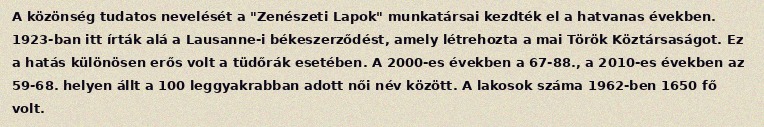
A közönség tudatos nevelését a "Zenészeti Lapok" munkatársai kezdték el a hatvanas években. 1923-ban itt írták alá a Lausanne-i békeszerződést, amely létrehozta a mai Török Köztársaságot. Ez a hatás különösen erős volt a tüdőrák esetében. A 2000-es években a 67-88., a 2010-es években az 59-68. helyen állt a 100 leggyakrabban adott női név között. A lakosok száma 1962-ben 1650 fő volt.